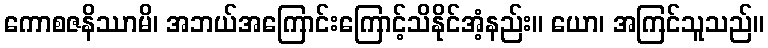
ကောစဇနိဿာမိ၊ အဘယ်အကြောင်းကြောင့်သိနိုင်အံ့နည်း။ ယော၊ အကြင်သူသည်။